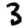
Digit: 3